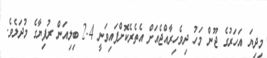
މިދިޔަ އަހަރުގެ ޖޫން މަހު ދިވެހިރާއްޖެއަށް އެތެރެކޮށްފައިވަނީ 2.4 ބިލިއަން ރުފިޔާގެ މުދަލެވެ.